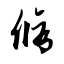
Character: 修